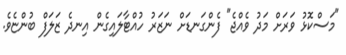
"މަސްކޮޅު ވަރަށް މަދު ވެއްޖެ" ފެންގަނޑަށް ނަޒަރު ހުއްޓާލައިގެން އިނދެ ޒަލަފް ބުންޏެވެ.